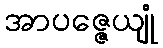
အာပဇ္ဇေယျုံ